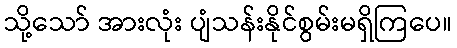
သို့သော် အားလုံး ပျံသန်းနိုင်စွမ်းမရှိကြပေ။